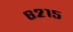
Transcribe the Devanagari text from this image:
६२१५